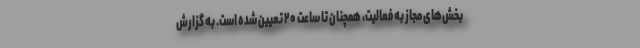
بخش‌های مجاز به فعالیت، همچنان تا ساعت ۲۰ تعیین شده است. به گزارش